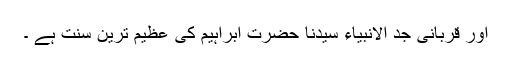
اور قربانی جد الانبیاء سیدنا حضرت ابراہیم کی عظیم ترین سنت ہے ۔